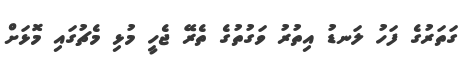
ގަތަރުގެ ފަހު ލަނޑު އިތުރު ވަގުތުގެ ތެރޭ ޖެހީ މުޅި މެޗުގައި މޮޅަށް